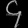
Digit: ၄